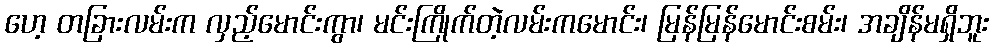
ဟေ့ တခြားလမ်းက လှည့်မောင်းကွာ၊ မင်းကြိုက်တဲ့လမ်းကမောင်း၊ မြန်မြန်မောင်းစမ်း၊ အချိန်မရှိဘူး